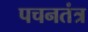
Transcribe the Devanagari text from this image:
पचनतंत्र